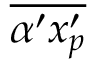
\overline { { \alpha ^ { \prime } x _ { p } ^ { \prime } } }